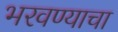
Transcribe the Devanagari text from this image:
भरवण्याचा